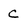
Character: C